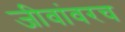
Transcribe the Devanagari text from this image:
जीवांवरच